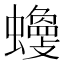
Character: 𧓾